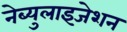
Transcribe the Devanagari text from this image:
नेब्युलाइजेशन